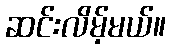
ဆင်းလိမ့်မယ်။